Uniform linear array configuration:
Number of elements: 8
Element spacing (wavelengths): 0.75
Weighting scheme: cosine
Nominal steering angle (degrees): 60
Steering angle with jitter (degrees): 61.073
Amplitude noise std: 0.05
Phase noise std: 0.05

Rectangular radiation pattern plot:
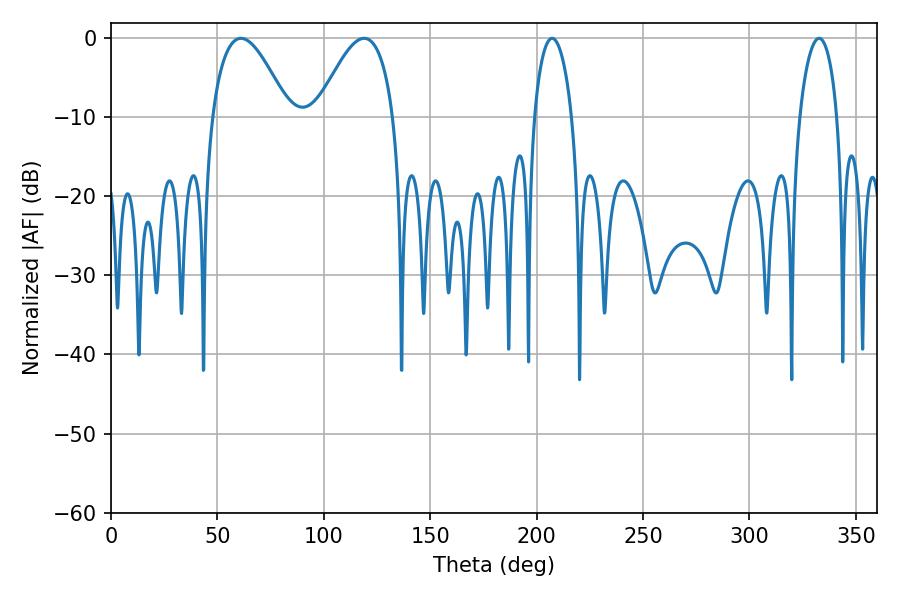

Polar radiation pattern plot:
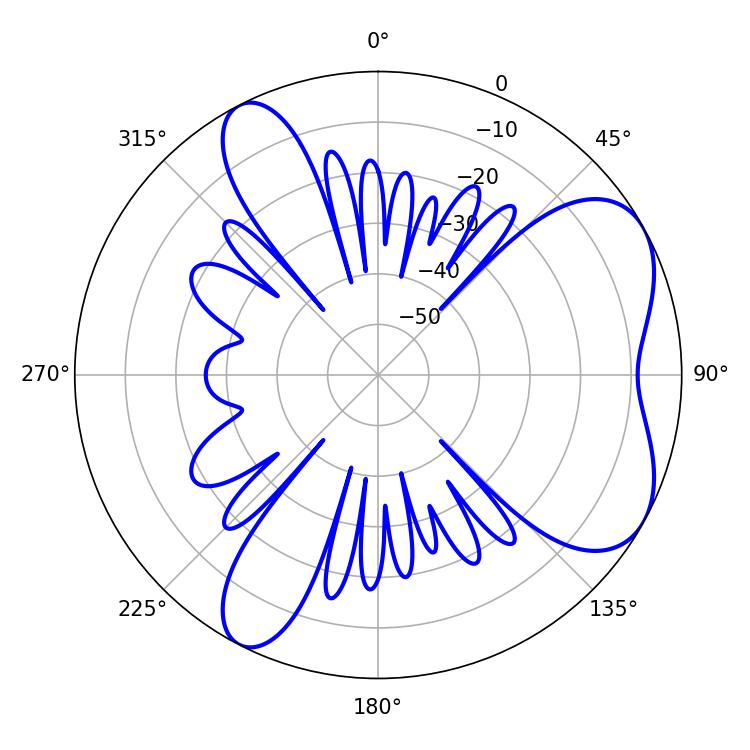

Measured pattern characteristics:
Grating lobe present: TRUE
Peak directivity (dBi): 5.992
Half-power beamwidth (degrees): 19.62
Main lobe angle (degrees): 61.02